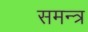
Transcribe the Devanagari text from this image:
समन्त्र